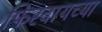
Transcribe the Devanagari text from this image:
फिरवायच्या